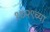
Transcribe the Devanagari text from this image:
१७२९च्या